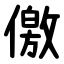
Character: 儌